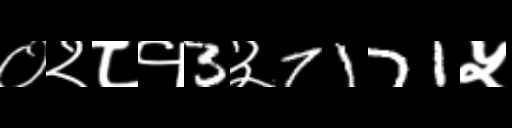
Text: ०२८१3३7171५